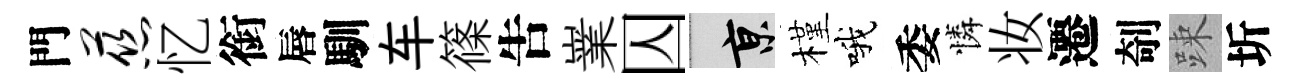
門慈忆銜唇馴车篠吿嶪囚京槿哦委憐妆遷剞踈圻